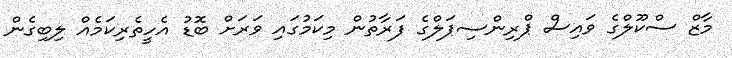
މާޒް ސްކޫލްގެ ވައިސް ޕްރިންސިޕަލްގެ ފަރާތުން މިކަމުގައި ވަރަށް ބޮޑު އެހީތެރިކަމެއް ލިބިގެން